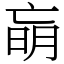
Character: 朚